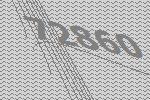
72860